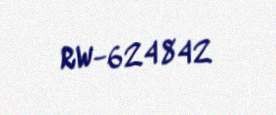
RW-624842